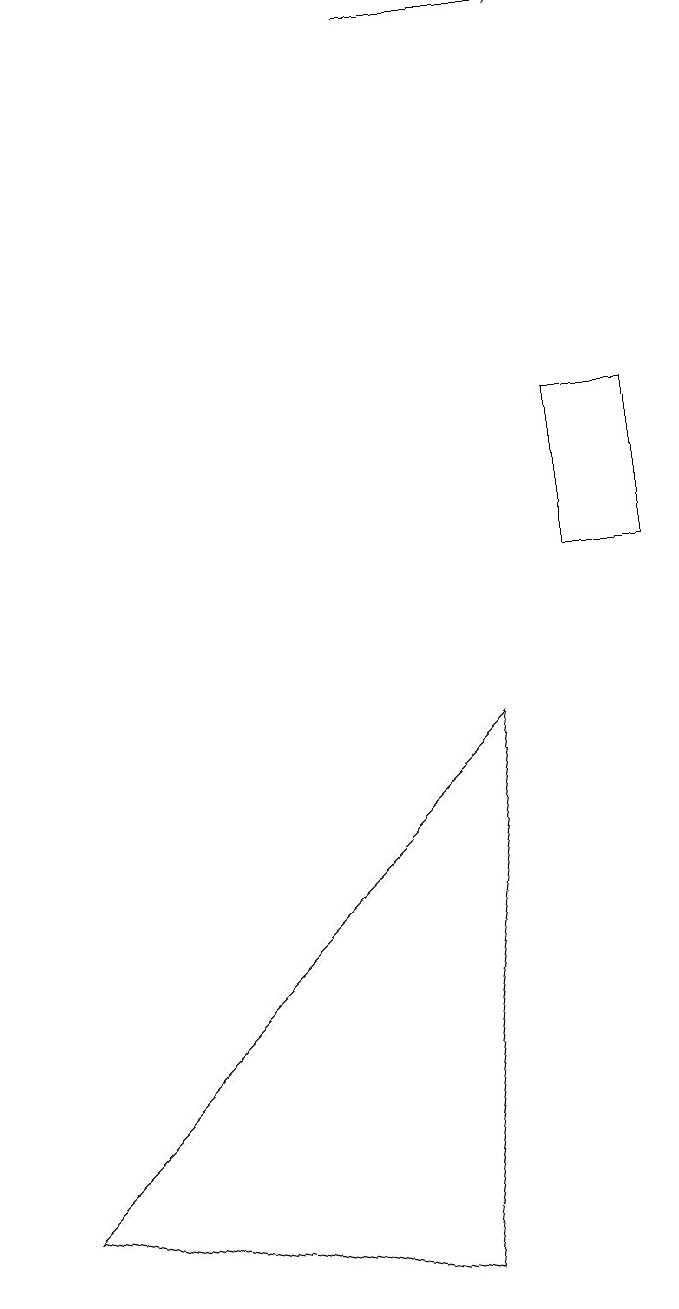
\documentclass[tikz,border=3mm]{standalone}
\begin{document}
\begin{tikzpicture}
\draw (7,11) rectangle (8,13);
\draw[->] (5,18) -- (7,18);
\draw (6,9) -- (5,2) -- (0,3) -- cycle;
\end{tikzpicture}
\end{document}